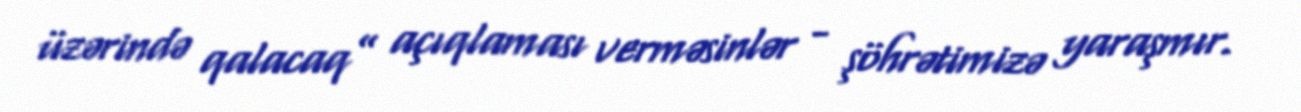
üzərində qalacaq” açıqlaması verməsinlər - şöhrətimizə yaraşmır.